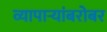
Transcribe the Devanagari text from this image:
व्यापार्‍यांबरोबर